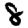
Digit: 8